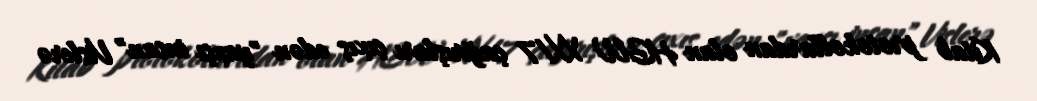
Kitab protokollardan olan HGW XX/7 çağırışları çıxış edən "yaxşı insan" Vislerə